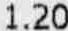
1.20